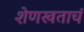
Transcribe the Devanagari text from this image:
शेणखताचं